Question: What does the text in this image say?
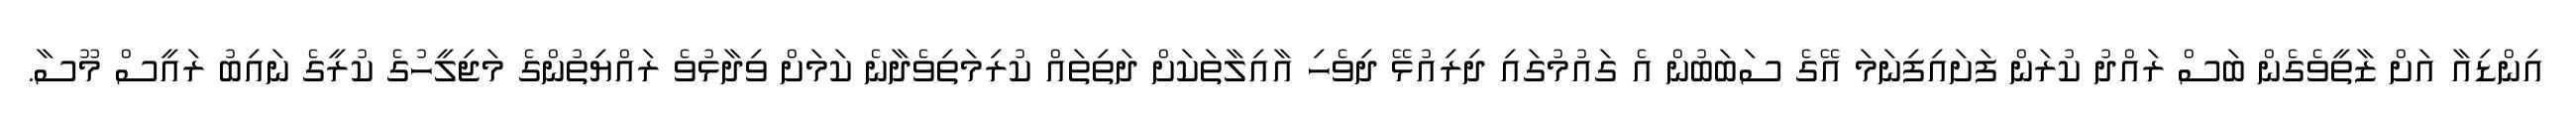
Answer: އިންޑިއާ އަށް ޒާތީވެގެން ބަސް ރައްދު ކުރަން ފަށައިފިނަމަ އޭގެ ސަބަބުން އެ ގައުމުގައި ދިރިއުޅޭ ދިވެހި އާއިލާތަކަށް ދަތިތައް ކުރިމަތިވެދާނެ ކަމަށް ވިދާޅުވެ ރައްޔިތުންގެ މަޖިލީހުގެ ކުރީގެ ނައިބު ރައީސް މޫސާ.